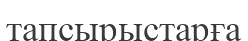
тапсырыстарға